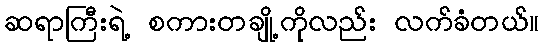
ဆရာကြီးရဲ့ စကားတချို့ကိုလည်း လက်ခံတယ်။